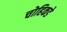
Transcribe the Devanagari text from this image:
चोहिकडे